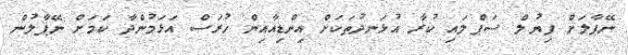
ނޭޕާލަށް ފިޔުލް ސަޕްލައި ކުރާ އުޅަނދުތަކަށް އިންޑިއާއިން ހުރަސް އަޅަމުންދާ ކަމަށް ނޭޕާލުން